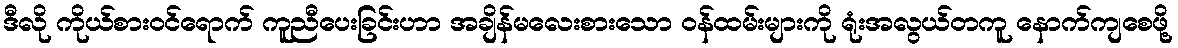
ဒီလို ကိုယ်စားဝင်ရောက် ကူညီပေးခြင်းဟာ အချိန်မလေးစားသော ဝန်ထမ်းများကို ရုံးအလွယ်တကူ နောက်ကျစေဖို့